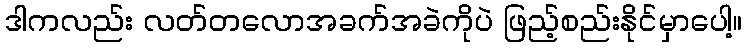
ဒါကလည်း လတ်တလောအခက်အခဲကိုပဲ ဖြည့်စည်းနိုင်မှာပေါ့။